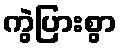
ကွဲပြားစွာ